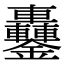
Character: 𨰵